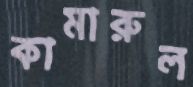
কামারুল